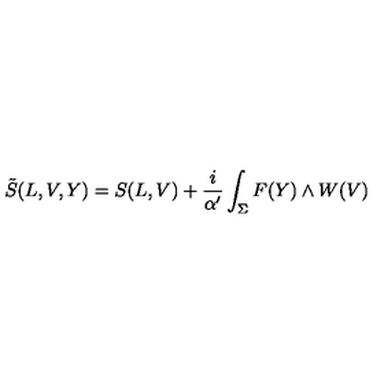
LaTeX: \tilde { S } ( L , V , Y ) = S ( L , V ) + \frac { i } { \alpha ^ { \prime } } \int _ { \Sigma } F ( Y ) \wedge W ( V )